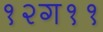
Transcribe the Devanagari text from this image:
१२ग११